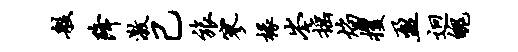
般降激己旅寥椽岑摇焰攫盈迥魄